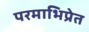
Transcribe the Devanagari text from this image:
परमाभिप्रेत